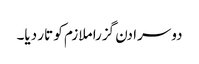
دوسرا دن گزرا ملازم کو تار دیا۔